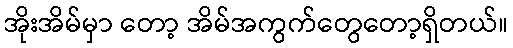
အိုးအိမ်မှာ တော့ အိမ်အကွက်တွေတော့ရှိတယ်။